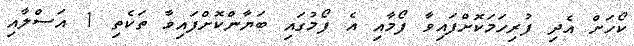
ކޯހަށް އެދި ފުރިހަމަކޮށްފައިވާ ފޯމާއި އެ ފޯމުގައި ބަޔާންކޮށްފައިވާ ތަކެތި 1 އަސްލާއި